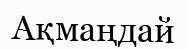
Ақмаңдай